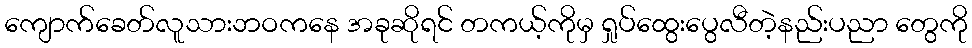
ကျောက်ခေတ်လူသားဘဝကနေ အခုဆိုရင် တကယ့်ကိုမှ ရှုပ်ထွေးပွေလီတဲ့နည်းပညာ တွေကို